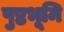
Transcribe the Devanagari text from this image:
पुष्ठभूमि